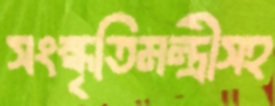
সংস্কৃতিমন্ত্রীসহ